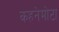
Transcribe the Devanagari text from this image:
कहनेमोटा